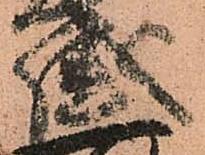
盛